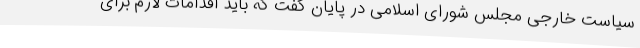
سیاست خارجی مجلس شورای اسلامی در پایان گفت که باید اقدامات لازم برای